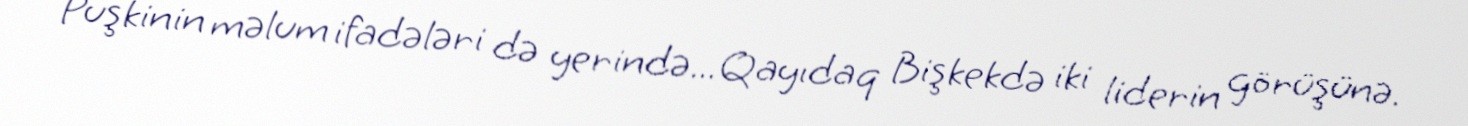
Puşkinin məlum ifadələri də yerində... Qayıdaq Bişkekdə iki liderin görüşünə.